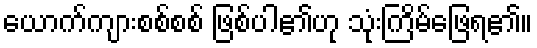
ယောက်ကျားစစ်စစ် ဖြစ်ပါ၏ဟု သုံးကြိမ်ဖြေရ၏။